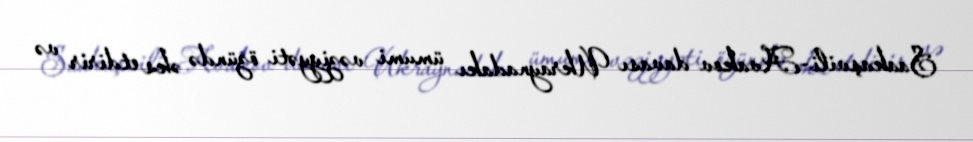
Saakaşvili-Avakov davası Ukraynadakı ümumi vəziyyəti özündə əks etdirir və